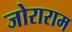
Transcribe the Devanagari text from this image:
जोराराम